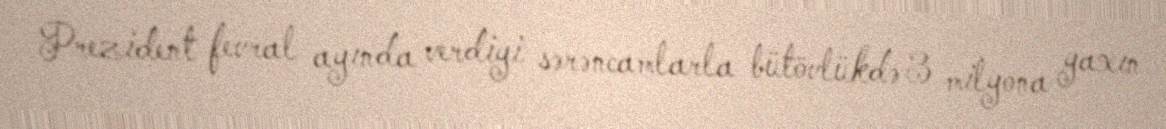
Prezident fevral ayında verdiyi sərəncamlarla bütövlükdə 3 milyona yaxın